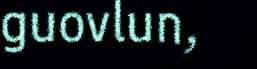
guovlun,